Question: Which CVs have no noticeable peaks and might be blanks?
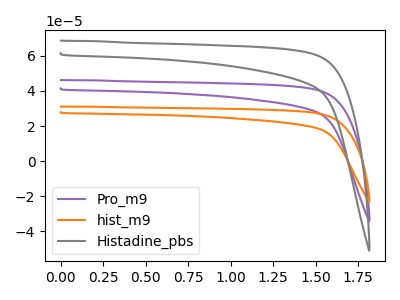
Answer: <think>The purple curve "Pro_m9" has no peaks. The orange curve "hist_m9" has no peaks. The gray curve "Histadine_pbs" has no peaks.</think>
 <answer>"Pro_m9", "hist_m9" and "Histadine_pbs" are likely to be blanks.</answer>
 <eval>"Pro_m9", "hist_m9", "Histadine_pbs"</eval>